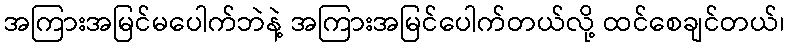
အကြားအမြင်မပေါက်ဘဲနဲ့ အကြားအမြင်ပေါက်တယ်လို့ ထင်စေချင်တယ်၊